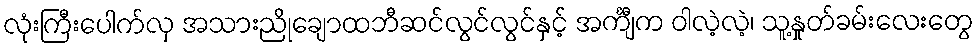
လုံးကြီးပေါက်လှ အသားညိုချောထဘီဆင်လွင်လွင်နှင့် အင်္ကျီက ဝါလဲ့လဲ့၊ သူ့နှုတ်ခမ်းလေးတွေ